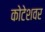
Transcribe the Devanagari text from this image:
कोटेशवर